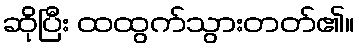
ဆိုပြီး ထထွက်သွားတတ်၏။